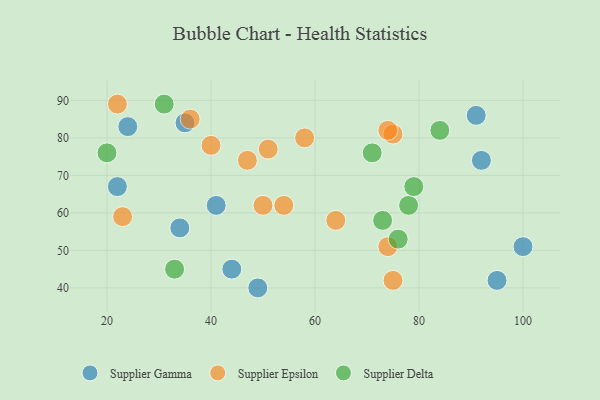
{"axis": {"x": "GDP", "y": "Life Expectancy"}, "legend": ["Supplier Delta", "Supplier Epsilon", "Supplier Gamma"], "data": [{"x": "95", "y": 42, "type": "Supplier Gamma"}, {"x": "49", "y": 40, "type": "Supplier Gamma"}, {"x": "92", "y": 74, "type": "Supplier Gamma"}, {"x": "91", "y": 86, "type": "Supplier Gamma"}, {"x": "100", "y": 51, "type": "Supplier Gamma"}, {"x": "41", "y": 62, "type": "Supplier Gamma"}, {"x": "22", "y": 67, "type": "Supplier Gamma"}, {"x": "24", "y": 83, "type": "Supplier Gamma"}, {"x": "34", "y": 56, "type": "Supplier Gamma"}, {"x": "35", "y": 84, "type": "Supplier Gamma"}, {"x": "44", "y": 45, "type": "Supplier Gamma"}, {"x": "51", "y": 77, "type": "Supplier Epsilon"}, {"x": "74", "y": 51, "type": "Supplier Epsilon"}, {"x": "23", "y": 59, "type": "Supplier Epsilon"}, {"x": "75", "y": 81, "type": "Supplier Epsilon"}, {"x": "40", "y": 78, "type": "Supplier Epsilon"}, {"x": "74", "y": 82, "type": "Supplier Epsilon"}, {"x": "50", "y": 62, "type": "Supplier Epsilon"}, {"x": "64", "y": 58, "type": "Supplier Epsilon"}, {"x": "47", "y": 74, "type": "Supplier Epsilon"}, {"x": "58", "y": 80, "type": "Supplier Epsilon"}, {"x": "36", "y": 85, "type": "Supplier Epsilon"}, {"x": "75", "y": 42, "type": "Supplier Epsilon"}, {"x": "54", "y": 62, "type": "Supplier Epsilon"}, {"x": "22", "y": 89, "type": "Supplier Epsilon"}, {"x": "73", "y": 58, "type": "Supplier Delta"}, {"x": "33", "y": 45, "type": "Supplier Delta"}, {"x": "31", "y": 89, "type": "Supplier Delta"}, {"x": "84", "y": 82, "type": "Supplier Delta"}, {"x": "71", "y": 76, "type": "Supplier Delta"}, {"x": "78", "y": 62, "type": "Supplier Delta"}, {"x": "76", "y": 53, "type": "Supplier Delta"}, {"x": "20", "y": 76, "type": "Supplier Delta"}, {"x": "79", "y": 67, "type": "Supplier Delta"}]}